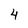
Character: 4